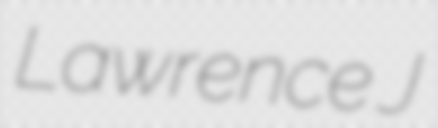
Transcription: Lawrence J